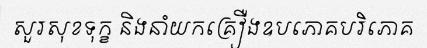
សួរសុខទុក្ខ និងនាំយកគ្រឿងឧបភោគបរិភោគ